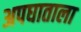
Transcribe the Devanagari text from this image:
अपघाताला